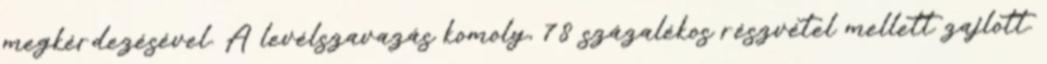
megkérdezésével. A levélszavazás komoly, 78 százalékos részvétel mellett zajlott.